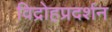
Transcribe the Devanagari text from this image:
विद्रोहप्रदर्शन